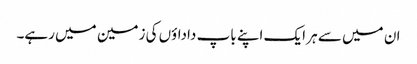
ان میں سے ہر ایک اپنے باپ داداؤں کی زمین میں رہے۔